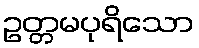
ဥတ္တမပုရိသော